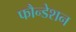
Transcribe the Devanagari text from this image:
फौन्डेशन